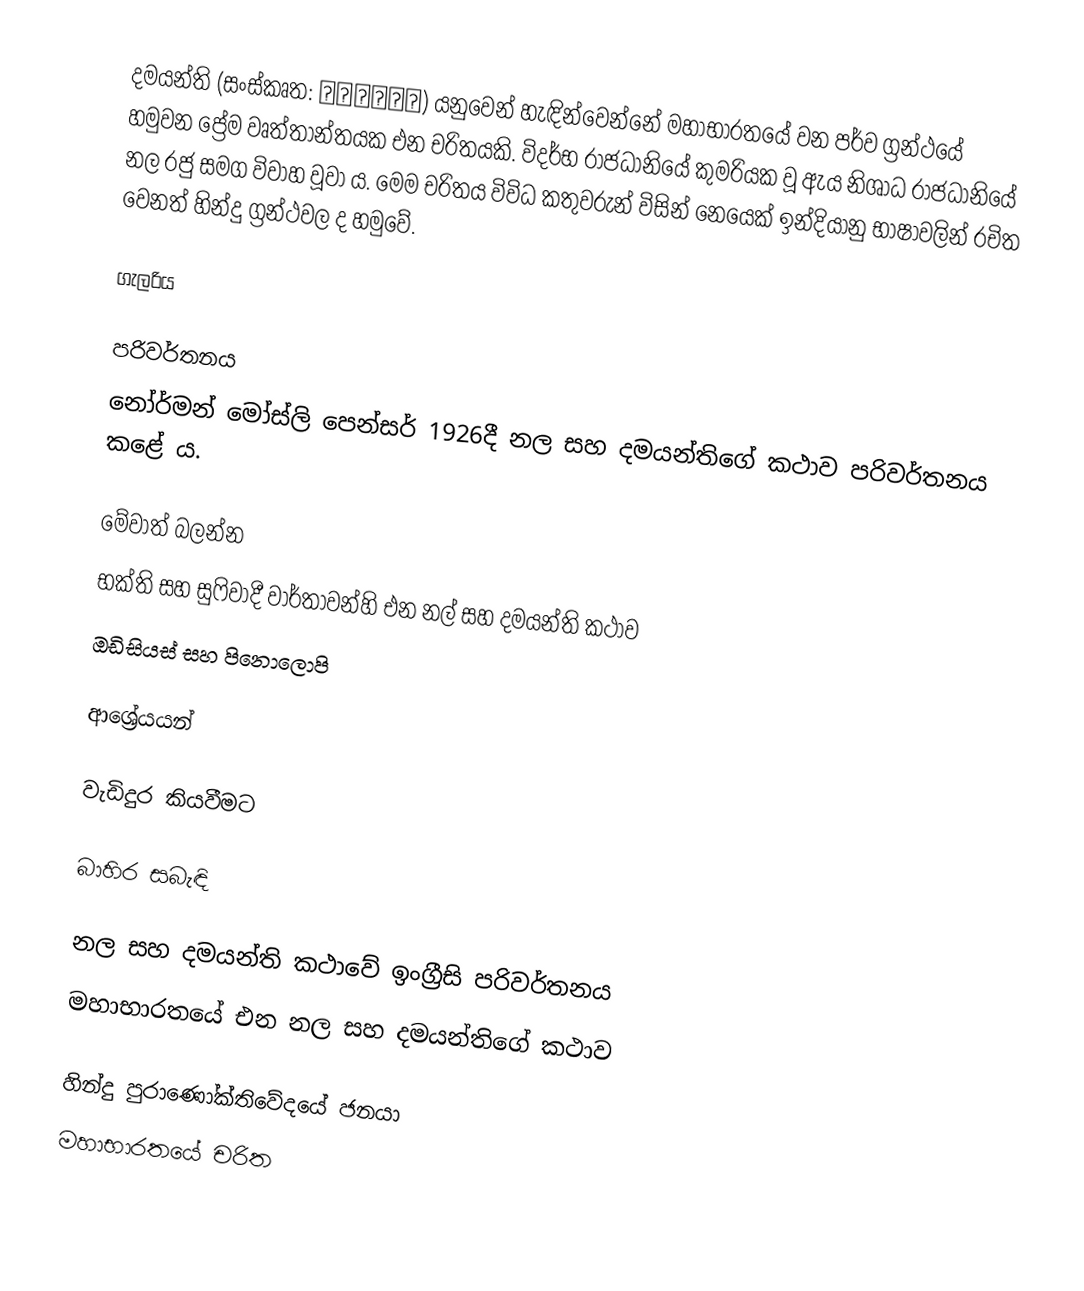
දමයන්ති (සංස්කෘත: दमयंती) යනුවෙන් හැඳින්වෙන්නේ මහාභාරතයේ වන පර්ව ග්‍රන්ථයේ හමුවන ප්‍රේම වෘත්තාන්තයක එන චරිතයකි. විදර්භ රාජධානියේ කුමරියක වූ ඇය නිශාධ රාජධානියේ නල රජු සමග විවාහ වූවා ය. මෙම චරිතය විවිධ කතුවරුන් විසින් නෙයෙක් ඉන්දියානු භාෂාවලින් රචිත වෙනත් හින්දු ග්‍රන්ථවල ද හමුවේ.

ගැලරිය

පරිවර්තනය
නෝර්මන් මෝස්ලි පෙන්සර් 1926දී නල සහ දමයන්තිගේ කථාව පරිවර්තනය කළේ ය.

මේවාත් බලන්න
භක්ති සහ සුෆිවාදී වාර්තාවන්හි එන නල් සහ දමයන්ති කථාව
ඔඩිසියස් සහ පිනොලොපි

ආශ්‍රේයයන්

වැඩිදුර කියවීමට

බාහිර සබැඳි

නල සහ දමයන්ති කථාවේ ඉංග්‍රීසි පරිවර්තනය
මහාභාරතයේ එන නල සහ දමයන්තිගේ කථාව

හින්දු පුරාණෝක්තිවේදයේ ජනයා
මහාභාරතයේ චරිත